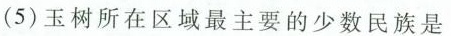
(5)玉树所在区域最主要的少数民族是